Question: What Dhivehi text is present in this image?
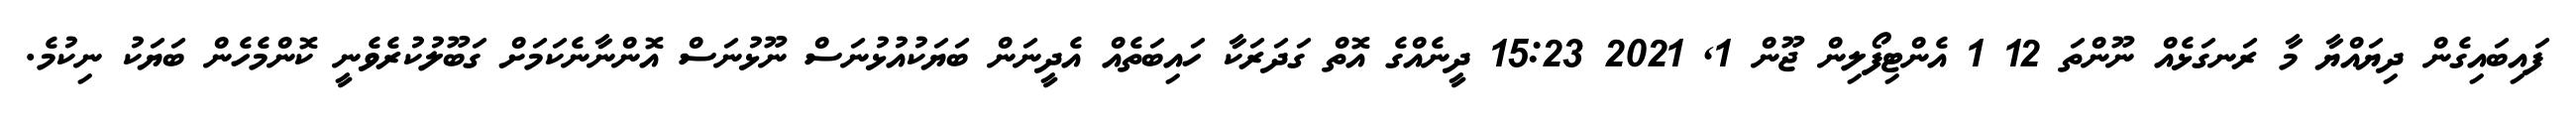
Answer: ފައިބައިގެން ދިޔައްޔާ މާ ރަނގަޅެއް ނޫންތަ 12 1 އެންޓިފޯލިން ޖޫން 1, 2021 15:23 ދީނެއްގެ އޮތް ގަދަރަކާ ހައިބަތެއް އެދީނަން ބަޔަކުއުޅުނަސް ނޫޅުނަސް އޮންނާނެކަމަށް ގަބޫލުކުރެވެނީ ކޮންމެހެން ބަޔަކު ނިކުމެ.